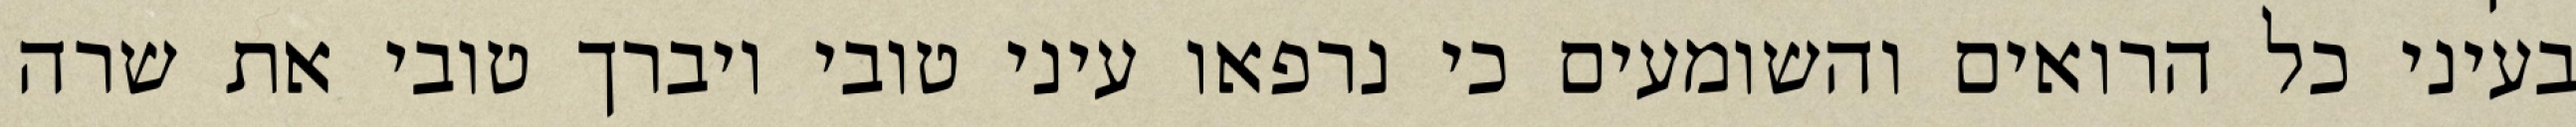
בעיני כל הרואים והשומעים כי נרפאו עיני טובי ויברך טובי את שרה